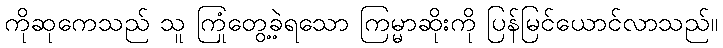
ကိုဆုကေသည် သူ ကြုံတွေ့ခဲ့ရသော ကြမ္မာဆိုးကို ပြန်မြင်ယောင်လာသည်။